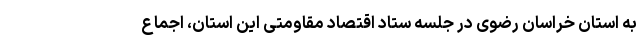
به استان خراسان رضوی در جلسه ستاد اقتصاد مقاومتی این استان، اجماع